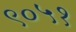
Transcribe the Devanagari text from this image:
९०५१